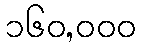
၁၆၀,၀၀၀